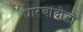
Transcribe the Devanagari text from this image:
धारबांदोडाे